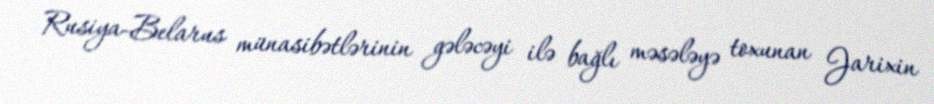
Rusiya-Belarus münasibətlərinin gələcəyi ilə bağlı məsələyə toxunan Jarixin